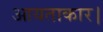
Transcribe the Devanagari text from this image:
आयताकार।